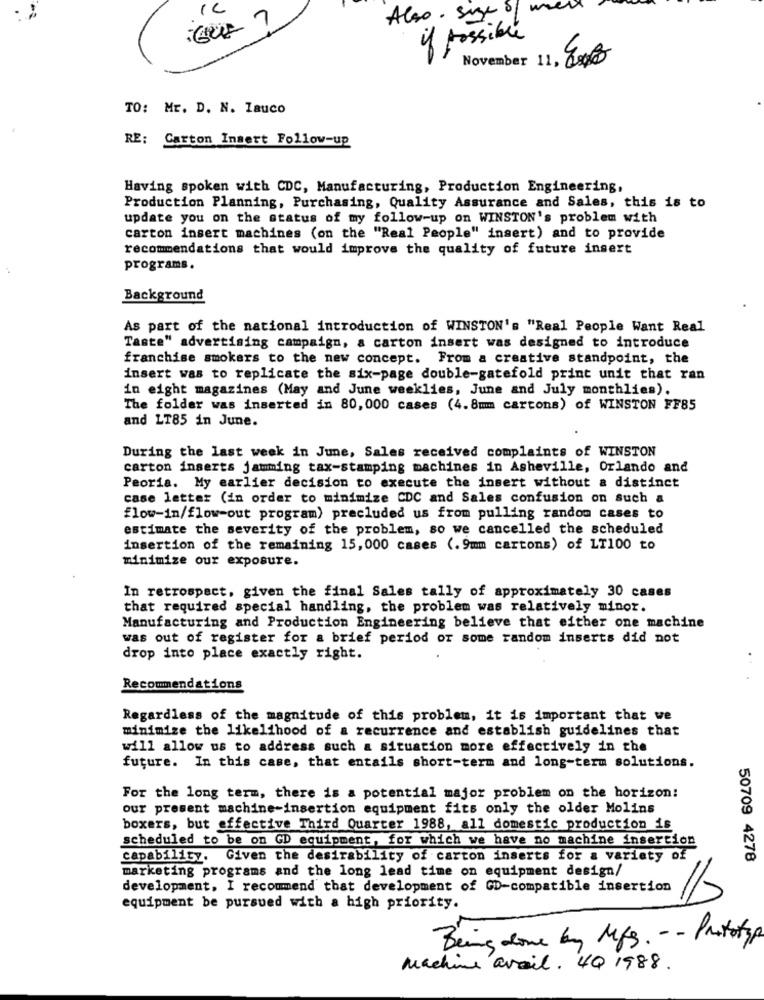
Also . sige of mell
if possible
November 11, Jos
TO: Mr. D. N. lauco
RE: Carton Insert Follow-up
Having spoken with CDC, Manufacturing, Production Engineering,
Production Planning, Purchasing, Quality Assurance and Sales, this is to
update you on the status of my follow-up on WINSTON's problem with
carton insert machines (on the "Real People" insert) and to provide
recommendations that would improve the quality of future insert
programs.
Background
As part of the national introduction of WINSTON's "Real People Want Real
Taste" advertising campaign, a carton insert was designed to introduce
franchise smokers to the new concept. From a creative standpoint, the
insert was to replicate the six-page double-gatefold print unit that ran
in eight magazines (May and June weeklies, June and July monthlies).
The folder was inserted in 80,000 cases (4.8mm cartons) of WINSTON FF85
and LT85 in June.
During the last week in June, Sales received complaints of WINSTON
carton inserts jamming tax-stamping machines in Asheville, Orlando and
Peoria. My earlier decision to execute the insert without a distinct
case letter (in order to minimize CDC and Sales confusion on such a
flow-in/flow-out program) precluded us from pulling random cases to
estimate the severity of the problem, so we cancelled the scheduled
insertion of the remaining 15,000 cases (.9mm cartons) of LT100 to
minimize our exposure.
In retrospect, given the final Sales tally of approximately 30 cases
that required special handling, the problem was relatively minor.
Manufacturing and Production Engineering believe that either one machine
was out of register for a brief period or some random inserts did not
drop into place exactly right.
Recommendations
Regardless of the magnitude of this problem, it is important that we
minimize the likelihood of a recurrence and establish guidelines that
will allow us to address such a situation more effectively in the
future. In this case, that entails short-term and long-term solutions.
For the long term, there is a potential major problem on the horizon:
our present machine-insertion equipment fits only the older Molins
boxers, but effective Third Quarter 1988, all domestic production is
scheduled to be on GD equipment, for which we have no machine insertion
capability. Given the desirability of carton inserts for a variety of
50709 4278
marketing programs and the long lead time on equipment design/
development. I recommend that development of CD-compatible insertion
equipment be pursued with a high priority.
Being done by Mfs. -- Prototyp
machine avail. 4Q 1988.